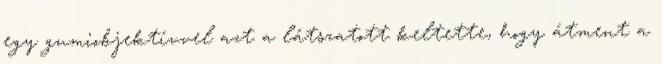
egy gumiobjektívvel azt a látszatott keltette, hogy átment a